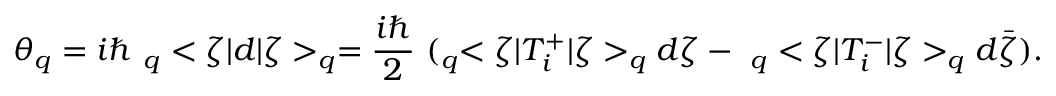
\theta _ { q } = i \hbar \ _ { q } < \zeta | d | \zeta > _ { q } = \frac { i \hbar } { 2 } \ ( _ { q } < \zeta | T _ { i } ^ { + } | \zeta > _ { q } d \zeta - \ _ { q } < \zeta | T _ { i } ^ { - } | \zeta > _ { q } d \bar { \zeta } ) .